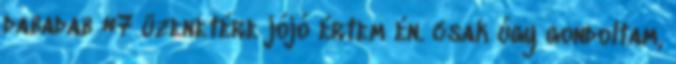
dabadab #7 üzenetére jójó értem én. csak úgy gondoltam,